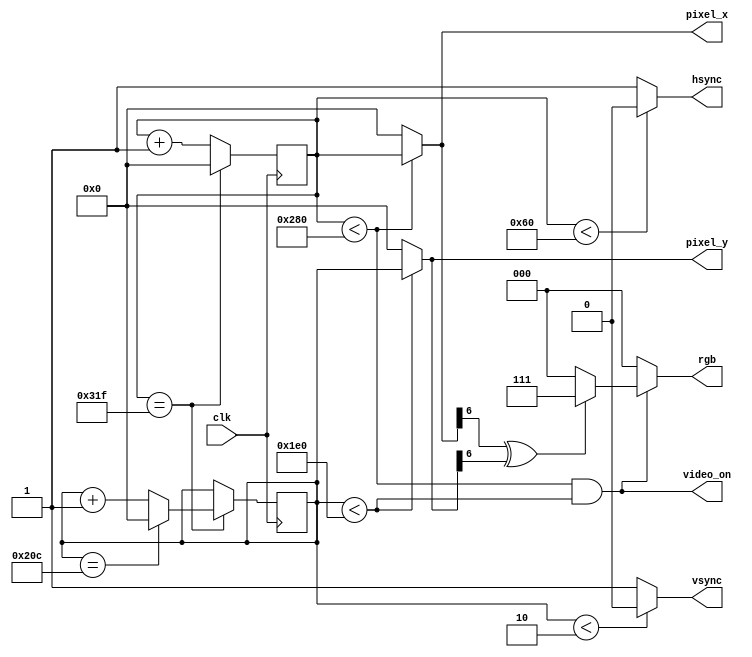
module vga_controller(
    input wire clk,  // 25 MHz clock
    output wire hsync,
    output wire vsync,
    output wire [2:0] rgb,  // Simplified to 3 bits (1 bit per color)
    output wire video_on,  // Signal indicating if the current pixel is within the visible area
    output wire [9:0] pixel_x,  // Current pixel X coordinate
    output wire [9:0] pixel_y   // Current pixel Y coordinate
);

// Horizontal parameters (800 pixels total)
parameter horiz_sync_pulse = 96;
parameter horiz_back_porch = 48;
parameter horiz_display = 640;
parameter horiz_front_porch = 16;
parameter horiz_total = 800;

// Vertical parameters (525 lines total)
parameter vert_sync_pulse = 2;
parameter vert_back_porch = 33;
parameter vert_display = 480;
parameter vert_front_porch = 10;
parameter vert_total = 525;

// Registers to hold the current position
reg [9:0] h_count = 0;
reg [9:0] v_count = 0;

// Horizontal and vertical sync signals, active low
assign hsync = (h_count < horiz_sync_pulse) ? 0 : 1;
assign vsync = (v_count < vert_sync_pulse) ? 0 : 1;

// RGB output - let's display a simple pattern based on the pixel position
assign rgb = (video_on) ? ((pixel_x[6] ^ pixel_y[6]) ? 3'b111 : 3'b000) : 3'b000;

// Calculate if the current pixel is within the visible area
assign video_on = (h_count < horiz_display) && (v_count < vert_display);
assign pixel_x = h_count < horiz_display ? h_count : 0;
assign pixel_y = v_count < vert_display ? v_count : 0;

// Horizontal counter
always @(posedge clk) begin
    if (h_count == horiz_total - 1)
        h_count <= 0;
    else
        h_count <= h_count + 1;
end

// Vertical counter
always @(posedge clk) begin
    if (h_count == horiz_total - 1) begin
        if (v_count == vert_total - 1)
            v_count <= 0;
        else
            v_count <= v_count + 1;
    end
end

endmodule